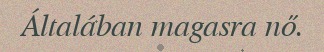
Általában magasra nő.